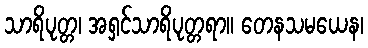
သာရိပုတ္တ၊ အရှင်သာရိပုတ္တရာ။ တေနသမယေန၊